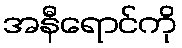
အနီရောင်ကို